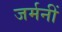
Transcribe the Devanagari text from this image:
जर्मनीं